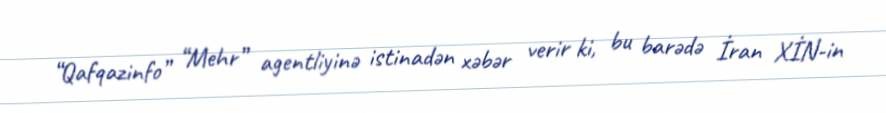
“Qafqazinfo” “Mehr” agentliyinə istinadən xəbər verir ki, bu barədə İran XİN-in